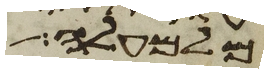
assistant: מלמעלה